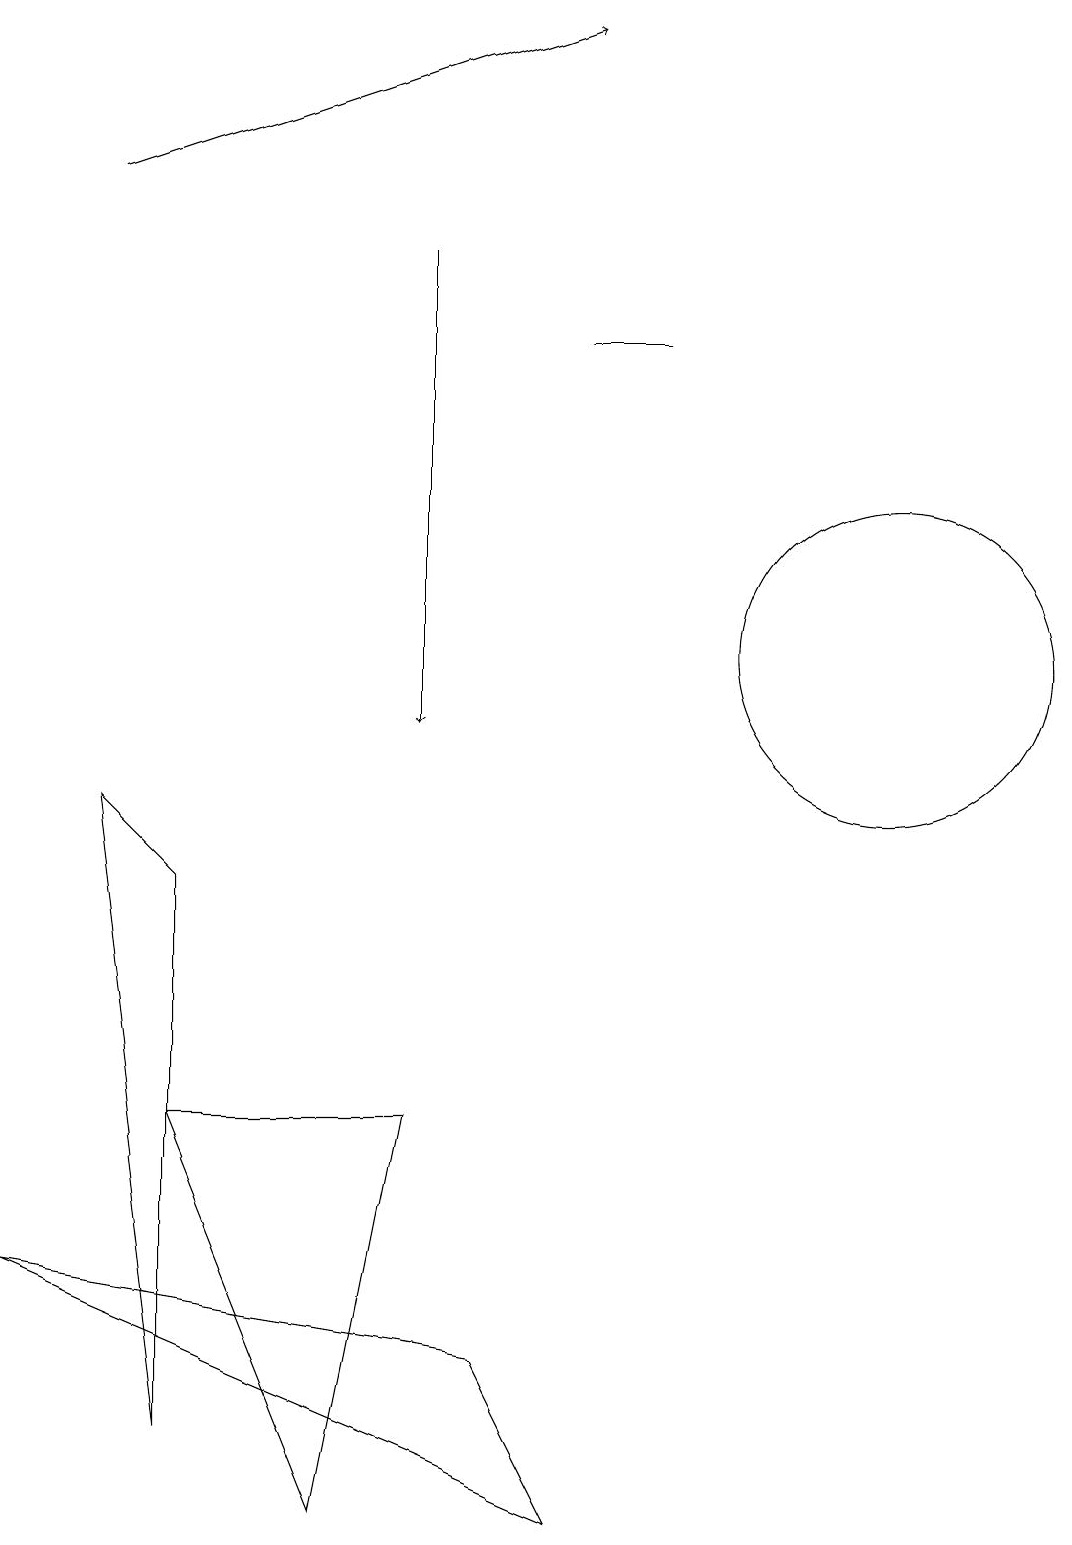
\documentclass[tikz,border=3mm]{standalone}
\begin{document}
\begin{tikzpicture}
\draw (0,3) -- (7,0) -- (6,2) -- cycle;
\draw[->] (1,17) -- (7,19);
\draw (8,15) rectangle (7,15);
\draw[->] (5,16) -- (5,10);
\draw (4,0) -- (5,5) -- (2,5) -- cycle;
\draw (11,11) circle (2);
\draw (1,9) -- (2,8) -- (2,1) -- cycle;
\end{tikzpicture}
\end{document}